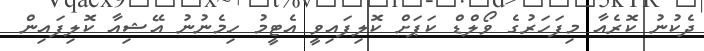
ދެކުނު ކޮރެއާ މިފަހަރުގެ ވޯލްޑް ކަޕަށް ކޮލިފައިވީ އެޓީމު ހިމެނުނު އޭޝިއާ ކޮލިފައިން